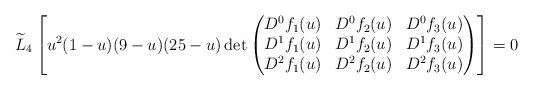
LaTeX: \begin{align*}\widetilde L_4\left[ u^2 (1-u) (9-u) (25-u) \det\begin{pmatrix}D^{0}f_{1}(u) & D^{0}f_2(u)&D^0f_3(u) \\D^{1}f_{1}(u) & D^{1}f_2(u) &D^1f_3(u)\\D^{2}f_{1}(u) & D^{2}f_2(u) &D^2f_3(u)\\\end{pmatrix}\right]=0\end{align*}